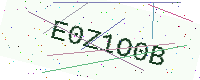
Text: E0Z1O0B